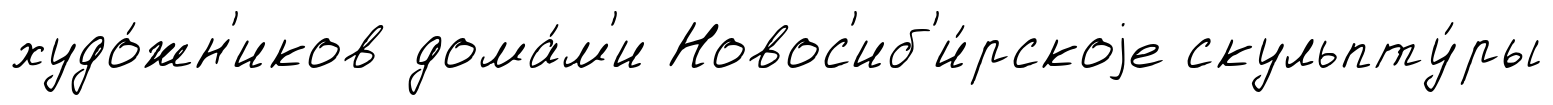
худо́жн'иков дома́м'и Новос'иб'и́рскоjе скульпту́ры